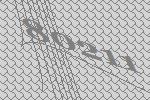
80211